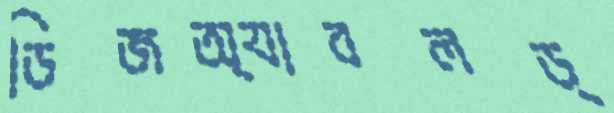
ডিজঅ্যাবলড্